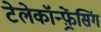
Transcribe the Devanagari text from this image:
टेलेकॉन्फ़्रेंसिंग